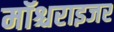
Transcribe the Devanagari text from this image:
मॉश्चराइजर